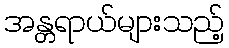
အန္တရာယ်များသည့်